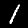
Label: 1